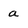
Character: a